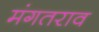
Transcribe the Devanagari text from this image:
मंगतराव